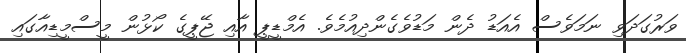
ވަރުގަދަވި ނަމަވެސް އެއަޑު ދެން މަޑުވެގެންދިއުމެވެ. އެމްޑީޕީ އާއި ޖޭޕީގެ ކޯޅުން މީސްމީޑިއާގައި